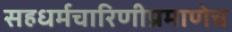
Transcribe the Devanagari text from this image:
सहधर्मचारिणीप्रमाणेच